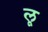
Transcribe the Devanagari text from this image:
लृ्